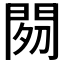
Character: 𲈩